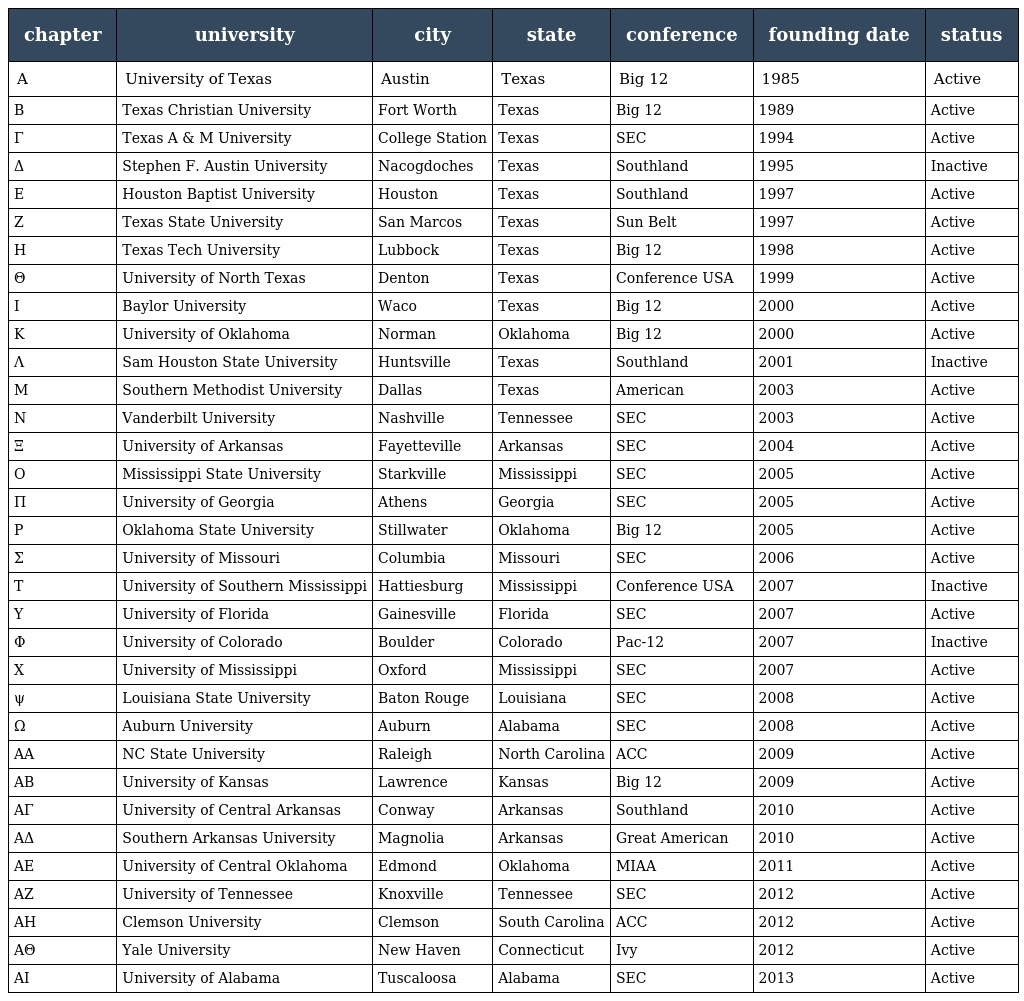
| chapter | university | city | state | conference | founding date | status |
 | --- | --- | --- | --- | --- | --- | --- |
 | Α | University of Texas | Austin | Texas | Big 12 | 1985 | Active |
 | Β | Texas Christian University | Fort Worth | Texas | Big 12 | 1989 | Active |
 | Γ | Texas A & M University | College Station | Texas | SEC | 1994 | Active |
 | Δ | Stephen F. Austin University | Nacogdoches | Texas | Southland | 1995 | Inactive |
 | Ε | Houston Baptist University | Houston | Texas | Southland | 1997 | Active |
 | Ζ | Texas State University | San Marcos | Texas | Sun Belt | 1997 | Active |
 | Η | Texas Tech University | Lubbock | Texas | Big 12 | 1998 | Active |
 | Θ | University of North Texas | Denton | Texas | Conference USA | 1999 | Active |
 | Ι | Baylor University | Waco | Texas | Big 12 | 2000 | Active |
 | Κ | University of Oklahoma | Norman | Oklahoma | Big 12 | 2000 | Active |
 | Λ | Sam Houston State University | Huntsville | Texas | Southland | 2001 | Inactive |
 | Μ | Southern Methodist University | Dallas | Texas | American | 2003 | Active |
 | Ν | Vanderbilt University | Nashville | Tennessee | SEC | 2003 | Active |
 | Ξ | University of Arkansas | Fayetteville | Arkansas | SEC | 2004 | Active |
 | Ο | Mississippi State University | Starkville | Mississippi | SEC | 2005 | Active |
 | Π | University of Georgia | Athens | Georgia | SEC | 2005 | Active |
 | Ρ | Oklahoma State University | Stillwater | Oklahoma | Big 12 | 2005 | Active |
 | Σ | University of Missouri | Columbia | Missouri | SEC | 2006 | Active |
 | Τ | University of Southern Mississippi | Hattiesburg | Mississippi | Conference USA | 2007 | Inactive |
 | Υ | University of Florida | Gainesville | Florida | SEC | 2007 | Active |
 | Φ | University of Colorado | Boulder | Colorado | Pac-12 | 2007 | Inactive |
 | Χ | University of Mississippi | Oxford | Mississippi | SEC | 2007 | Active |
 | ψ | Louisiana State University | Baton Rouge | Louisiana | SEC | 2008 | Active |
 | Ω | Auburn University | Auburn | Alabama | SEC | 2008 | Active |
 | ΑΑ | NC State University | Raleigh | North Carolina | ACC | 2009 | Active |
 | ΑΒ | University of Kansas | Lawrence | Kansas | Big 12 | 2009 | Active |
 | ΑΓ | University of Central Arkansas | Conway | Arkansas | Southland | 2010 | Active |
 | ΑΔ | Southern Arkansas University | Magnolia | Arkansas | Great American | 2010 | Active |
 | ΑE | University of Central Oklahoma | Edmond | Oklahoma | MIAA | 2011 | Active |
 | AZ | University of Tennessee | Knoxville | Tennessee | SEC | 2012 | Active |
 | ΑH | Clemson University | Clemson | South Carolina | ACC | 2012 | Active |
 | ΑΘ | Yale University | New Haven | Connecticut | Ivy | 2012 | Active |
 | ΑI | University of Alabama | Tuscaloosa | Alabama | SEC | 2013 | Active |